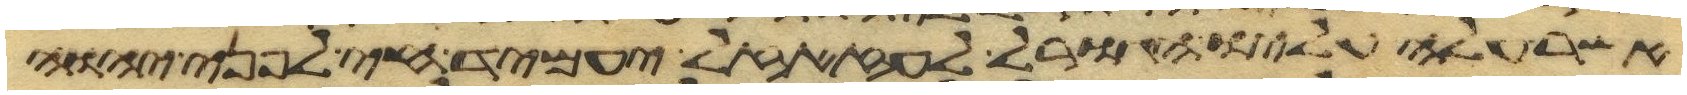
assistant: אשר עלה עליו הגורל לעזזאל יעמיד חי לפני יהוה